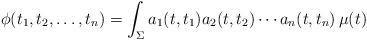
LaTeX: \begin{align*}\phi(t_1,t_2,\ldots,t_n)= \int_{\Sigma} a_1(t,t_1)a_2(t,t_2)\cdots a_n(t,t_n)\, \mu(t)\end{align*}